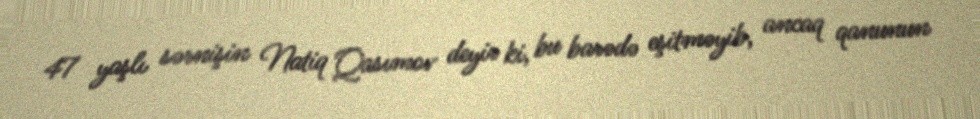
47 yaşlı sərnişin Natiq Qasımov deyir ki, bu barədə eşitməyib, ancaq qanunun